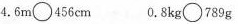
4.6m\circ 456cm 0.8kg\circ 789g